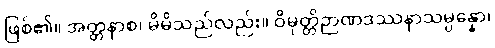
ဖြစ်၏။ အတ္တနာစ၊ မိမိသည်လည်း။ ဝိမုတ္တိဉာဏဒဿနာသမ္ပန္နော၊